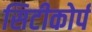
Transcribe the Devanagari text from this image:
सिटीकोर्प